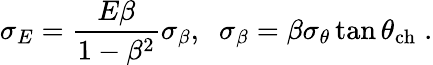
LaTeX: \sigma_{E}=\frac{E\beta}{1-\beta^{2}}\sigma_{\beta},\; \; \sigma_{\beta}=\beta\sigma_{\theta}\tan\theta_{\mathrm{ch}}\; .